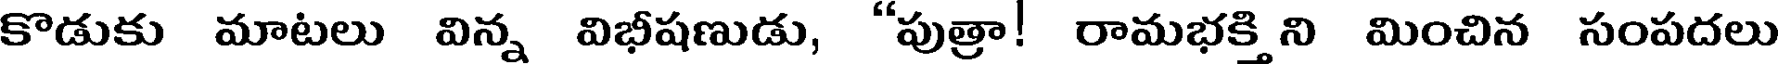
కొడుకు మాటలు విన్న విభీషణుడు, "పుత్రా! రామభక్తి ని మించిన సంపదలు